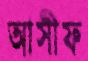
আসীফ